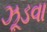
ઝૂડવા